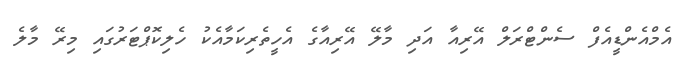
އެމްއެންޑީއެފް ސެންޓްރަލް އޭރިއާ އަދި މާލޭ އޭރިއާގެ އެހީތެރިކަމާއެކު ހެލިކޮޕްޓަރުގައި މިރޭ މާލެ